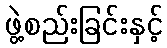
ဖွဲ့စည်းခြင်းနှင့်